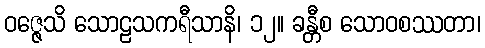
ဝဇ္ဇေသိ သောဠသကရီသာနိ၊ ၁၂။ ခန္တီစ သောဝစဿတာ၊